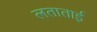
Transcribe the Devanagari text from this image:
लताताई